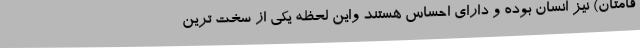
قامتان) نیز انسان بوده و دارای احساس هستند واین لحظه یکی از سخت ترین